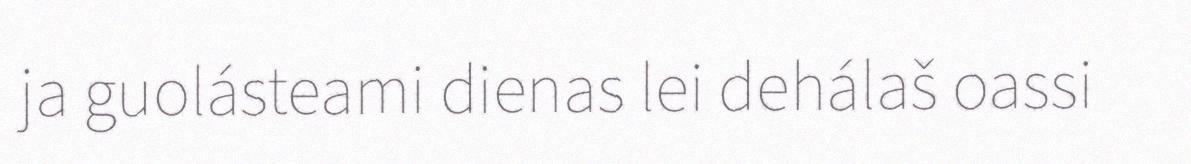
ja guolásteami dienas lei dehálaš oassi